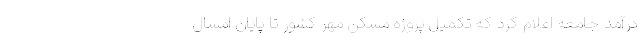
درآمد جامعه اعلام کرد که تکمیل پروژه مسکن مهر کشور تا پایان امسال